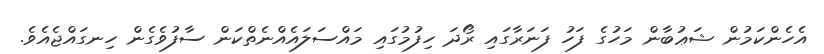
އެހެންކަމުން ޝަޢުބާން މަހުގެ ފަހު ފަނަރާގައި ރޯދަ ހިފުމުގައި މައްސަލައެއްނެތްކަން ސާފުވެގެން ހިނގައްޖެއެވެ.